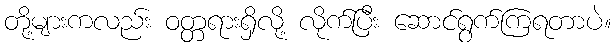
တို့များကလည်း ဝတ္တရားရှိလို့ လိုက်ပြီး ဆောင်ရွက်ကြရတာပဲ။